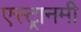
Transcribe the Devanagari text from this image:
एस्ट्रानमी